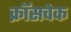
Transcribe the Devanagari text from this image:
क्रॉसचेक